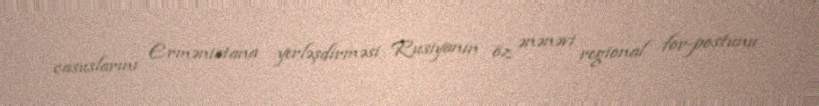
casuslarını Ermənistana yerləşdirməsi Rusiyanın öz ənənəvi regional for-postunu